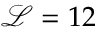
\mathcal { L } = 1 2